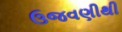
ઉજવણીથી